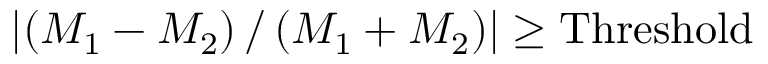
\lvert \left( M _ { 1 } - M _ { 2 } \right) / \left( M _ { 1 } + M _ { 2 } \right) \rvert \ge \mathrm { { T h r e s h o l d } }